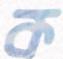
ক